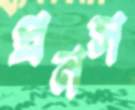
প্রনস